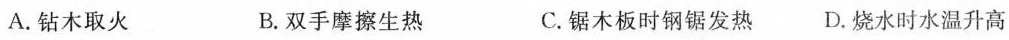
A.钻木取火 B.双手摩擦生热 C.锯木板时钢锯发热 D.烧水时水温升高